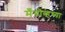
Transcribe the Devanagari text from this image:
मँग्रोव्हच्या